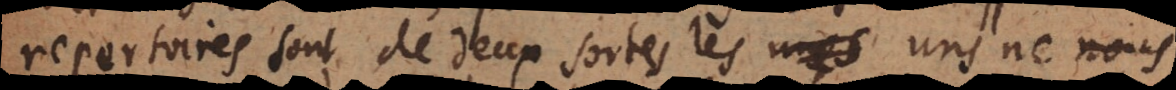
repertoires sont de deux sortes, les uns n